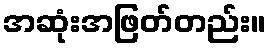
အဆုံးအဖြတ်တည်း။